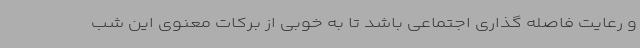
و رعایت فاصله گذاری اجتماعی باشد تا به خوبی از برکات معنوی این شب